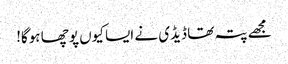
مجھے پتہ تھا ڈیڈی نے ایسا کیوں پوچھا ہوگا!